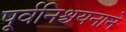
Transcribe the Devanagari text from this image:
पूर्वनिश्चयनाने